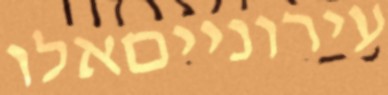
עירונייםאלו